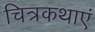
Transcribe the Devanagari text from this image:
चित्रकथाएं